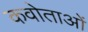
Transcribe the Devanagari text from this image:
कवोताओं